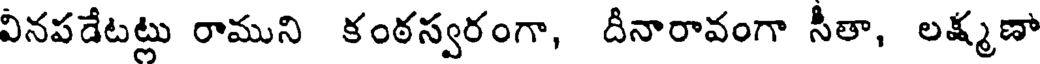
వినపడేటట్లు రాముని కంఠస్వరంగా, దీనారావంగా సీతా, లక్ష్మణా